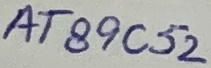
Text: AT89C52